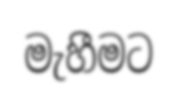
මැහීමට